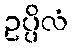
ဥပ္ပိလံ